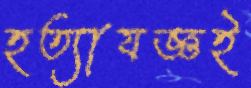
হত্যাযজ্ঞই